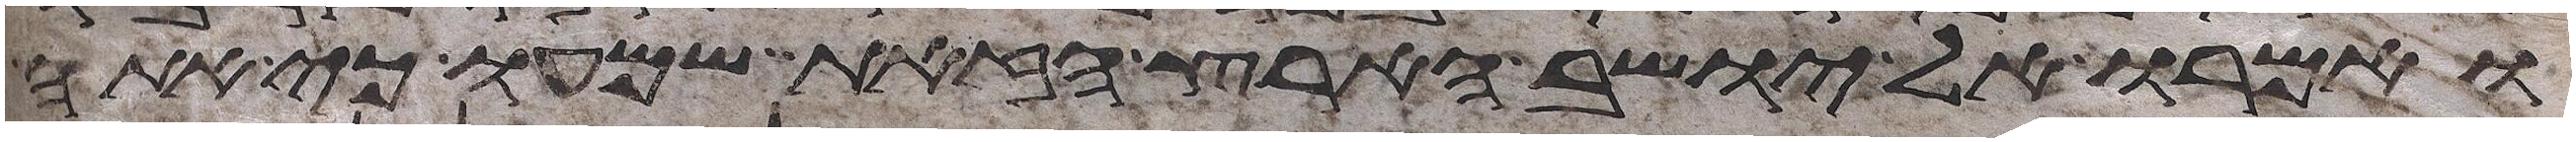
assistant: ואמרו אל יושב הארץ הזאת שמעו כי אתה